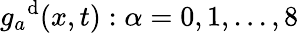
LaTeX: {g_{a}}^{\mathrm{d}}(x,t):\alpha=0,1,...,8